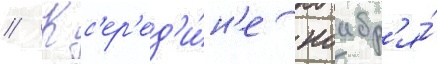
// К с'ер'ед'и́н'е ноабр'я́